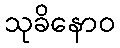
သုခိနောဝ